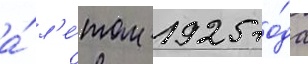
а́ л'е́том 1925 го́да